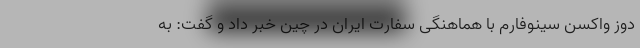
دوز واکسن سینوفارم با هماهنگی سفارت ایران در چین خبر داد و گفت: به